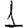
Digit: 1